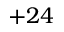
+ 2 4